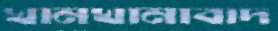
খানখানাবাদ